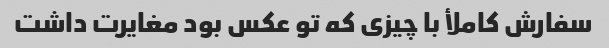
سفارش کاملأ با چیزى که تو عکس بود مغایرت داشت